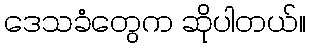
ဒေသခံတွေက ဆိုပါတယ်။